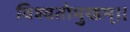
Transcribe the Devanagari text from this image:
विश्वतोमुखम्‌।।